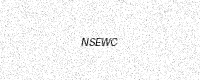
Text: NSEWC